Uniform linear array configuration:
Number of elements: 12
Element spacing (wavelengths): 0.75
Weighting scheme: binomial
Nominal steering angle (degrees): -60
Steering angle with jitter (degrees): -61.773
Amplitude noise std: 0.05
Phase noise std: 0.05

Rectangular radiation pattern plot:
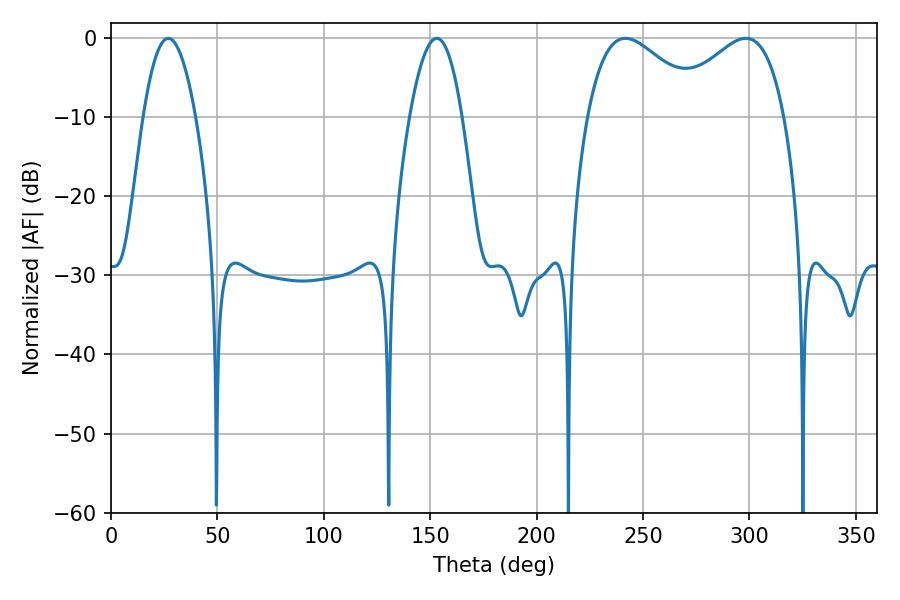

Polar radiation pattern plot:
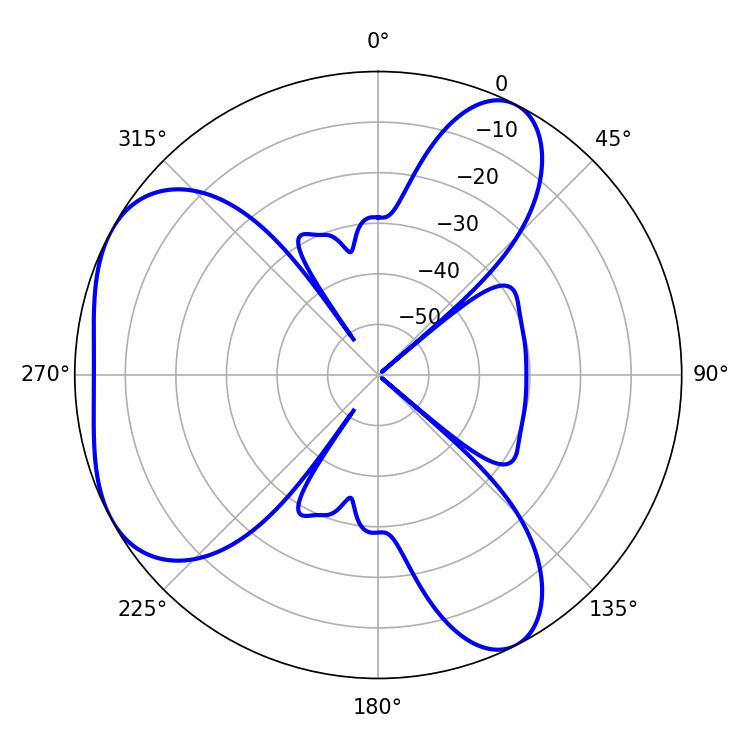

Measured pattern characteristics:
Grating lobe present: TRUE
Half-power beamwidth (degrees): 29.7
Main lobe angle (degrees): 241.74